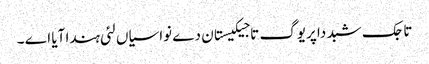
تاجک شبد دا پریوگ تاجیکیستان دے نواسیاں لئی ہندا آیا اے ۔